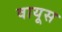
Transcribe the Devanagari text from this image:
वायूस